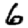
Digit: 6